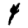
Digit: 4